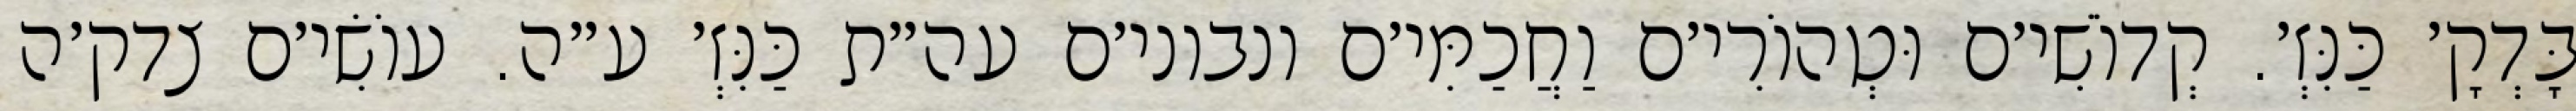
בָּדְקָ׳ כַּנִּזְ׳. קְדוֹשִׁי׳ם וּטְהוֹרִי׳ם וַחֲכַמִּי׳ם ונבוני׳ם עה״ת כַּנִּזְ׳ ע״ה. עוֹשִׂי׳ם צדק׳ה